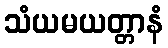
သံယမယတ္တာနံ